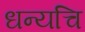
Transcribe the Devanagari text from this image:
धन्यचि